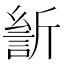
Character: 𰕡